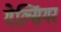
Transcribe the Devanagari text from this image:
गेल्सिंगर